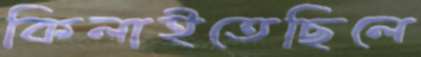
কিলাইতেছিলে